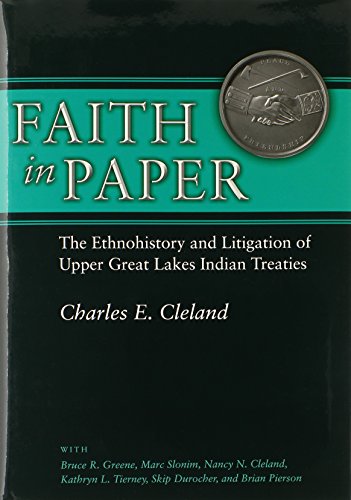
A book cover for Faith in Paper: The Ethnohistory and Litigation of Upper Great Lakes Indian Treaties; Charles E. Cleland; Law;